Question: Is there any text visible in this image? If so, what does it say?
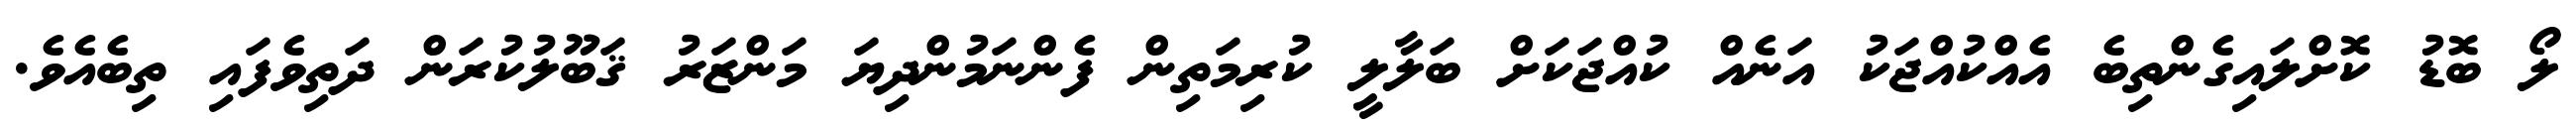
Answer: ލޯ ބޮޑު ކޮށްލައިގެންތިބެ އެއްކުއްޖަކު އަނެއް ކުއްޖަކަށް ބަލާލީ ކުރިމަތިން ފެންނަމުންދިޔަ މަންޒަރު ޤަބޫލުކުރަން ދަތިވެފައި ތިބެއެވެ.